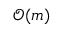
{ \mathcal { O } } ( m )